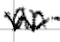
Text: an
Cross-out: wave
Writing tool: digital_black